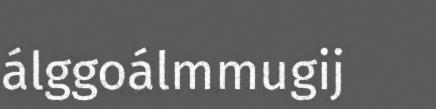
álggoálmmugij